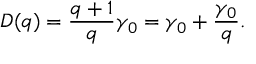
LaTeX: D ( q ) = \frac { q + 1 } { q } \gamma _ { 0 } = \gamma _ { 0 } + \frac { \gamma _ { 0 } } { q } .